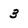
Character: 3